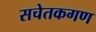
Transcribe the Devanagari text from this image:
सचेतकगण